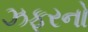
ઝફરનો